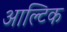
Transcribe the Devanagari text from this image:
आल्टिक